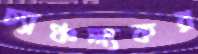
চ্যাঞ্চল্যকর